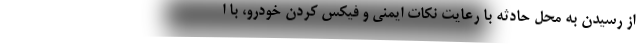
از رسیدن به محل حادثه با رعایت نکات ایمنی و فیکس کردن خودرو، با ا